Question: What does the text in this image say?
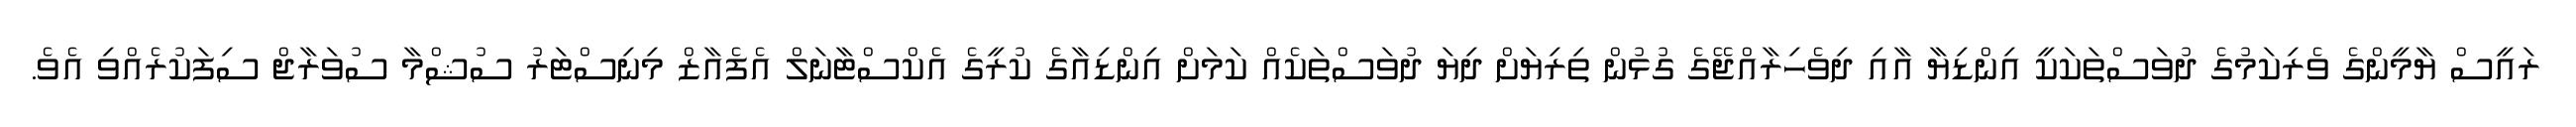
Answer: ރައީސް ޔާމީންގެ ވެރިކަމުގެ ދުވަސްތަކަކީ އިންޑިޔާ އާއި ދިވެހިރާއްޖޭގެ ގުޅުން ތިރިޔަށް ދިޔަ ދުވަސްތަކެއް ކަމަށް އިންޑިއާގެ ކުރީގެ އެކްސްޓާނަލް އެފެއާޒް މިނިސްޓަރު ސުޝްމާ ސުވަރާޖް ސިފަކުރެއްވި އެވެ.